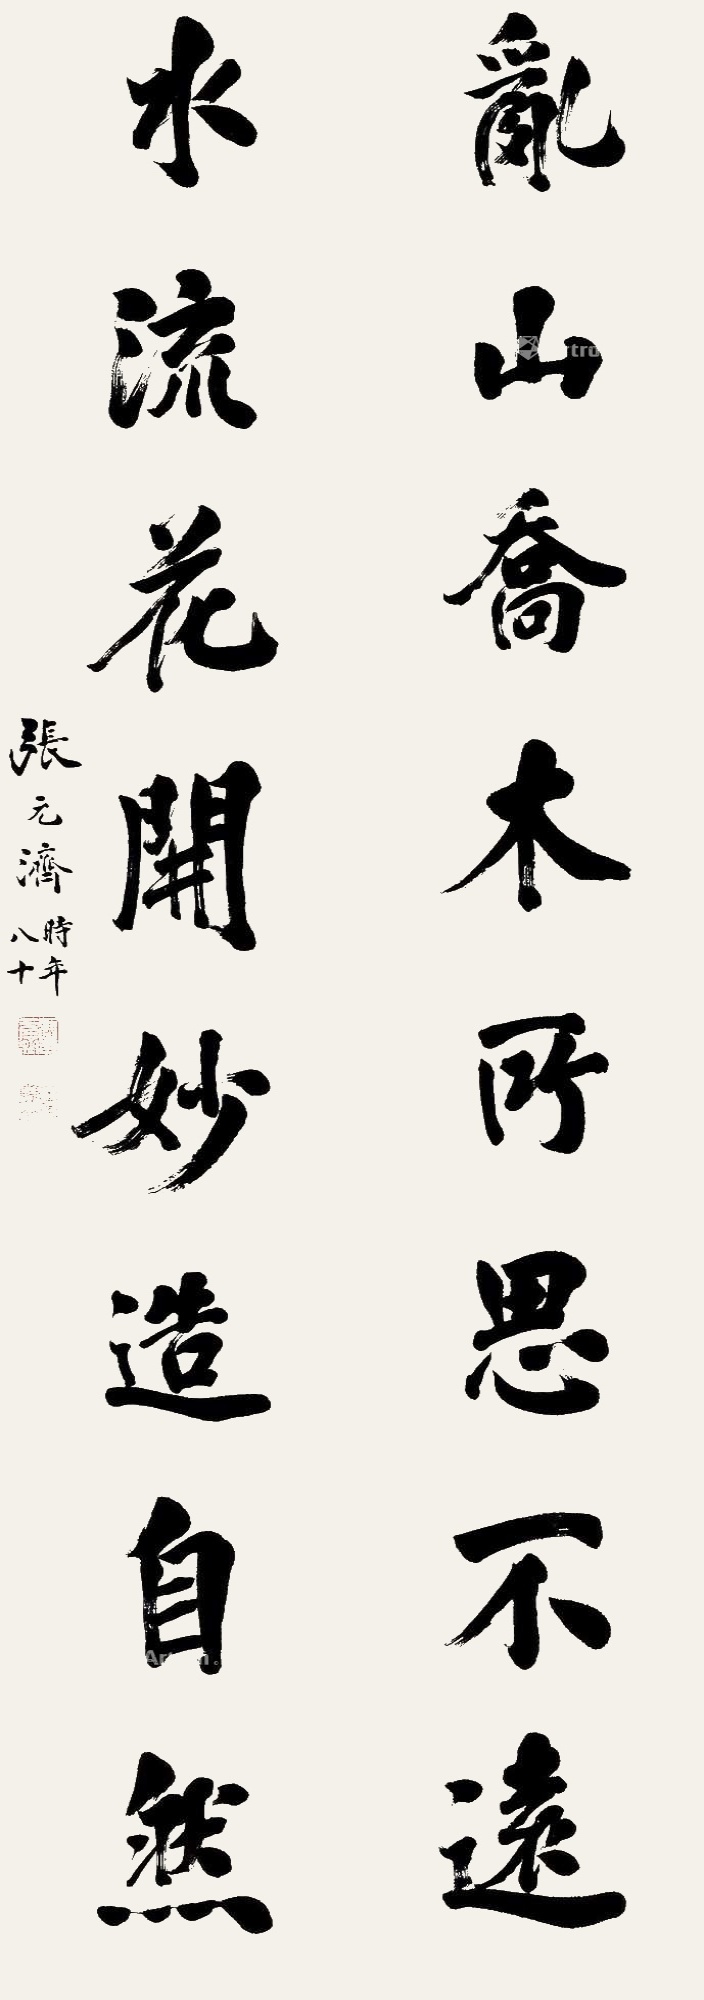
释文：乱山乔木所思不远，水流花开妙造自然。张元济时年八十。